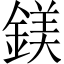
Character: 鎂